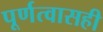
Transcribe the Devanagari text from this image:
पूर्णत्वासही